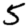
Digit: 5